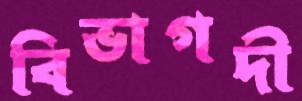
বিভাগদী